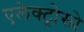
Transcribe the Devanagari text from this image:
एलेक्ट्रोस्प्रे